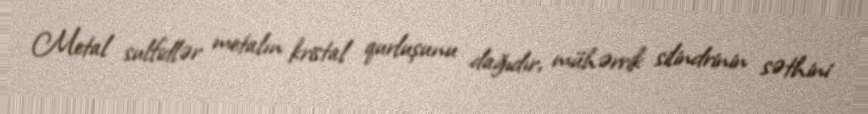
Metal sulfidlər metalın kristal qurluşunu dağıdır, mühərrik silindrinin səthini